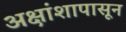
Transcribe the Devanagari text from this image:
अक्षांशापासून